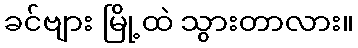
ခင်ဗျား မြို့ထဲ သွားတာလား။